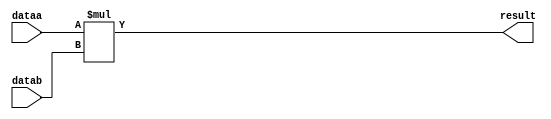
//lpm_mult CBX_DECLARE_ALL_CONNECTED_PORTS="OFF" DEVICE_FAMILY="Cyclone V" DSP_BLOCK_BALANCING="Auto" INPUT_B_IS_CONSTANT="YES" LPM_REPRESENTATION="SIGNED" LPM_WIDTHA=18 LPM_WIDTHB=18 LPM_WIDTHP=36 LPM_WIDTHS=1 MAXIMIZE_SPEED=5 dataa datab result CARRY_CHAIN="MANUAL" CARRY_CHAIN_LENGTH=48
//VERSION_BEGIN 15.0 cbx_cycloneii 2015:04:22:18:04:07:SJ cbx_lpm_add_sub 2015:04:22:18:04:07:SJ cbx_lpm_mult 2015:04:22:18:04:08:SJ cbx_mgl 2015:04:22:18:06:50:SJ cbx_padd 2015:04:22:18:04:08:SJ cbx_stratix 2015:04:22:18:04:08:SJ cbx_stratixii 2015:04:22:18:04:08:SJ cbx_util_mgl 2015:04:22:18:04:08:SJ  VERSION_END
// synthesis VERILOG_INPUT_VERSION VERILOG_2001
// altera message_off 10463



// Copyright (C) 1991-2015 Altera Corporation. All rights reserved.
//  Your use of Altera Corporation's design tools, logic functions 
//  and other software and tools, and its AMPP partner logic 
//  functions, and any output files from any of the foregoing 
//  (including device programming or simulation files), and any 
//  associated documentation or information are expressly subject 
//  to the terms and conditions of the Altera Program License 
//  Subscription Agreement, the Altera Quartus II License Agreement,
//  the Altera MegaCore Function License Agreement, or other 
//  applicable license agreement, including, without limitation, 
//  that your use is for the sole purpose of programming logic 
//  devices manufactured by Altera and sold by Altera or its 
//  authorized distributors.  Please refer to the applicable 
//  agreement for further details.



//synthesis_resources = 
//synopsys translate_off
`timescale 1 ps / 1 ps
//synopsys translate_on
module  mult_vmq
	( 
	dataa,
	datab,
	result) /* synthesis synthesis_clearbox=1 */;
	input   [17:0]  dataa;
	input   [17:0]  datab;
	output   [35:0]  result;

	wire signed	[17:0]    dataa_wire;
	wire signed	[17:0]    datab_wire;
	wire signed	[35:0]    result_wire;



	assign dataa_wire = dataa;
	assign datab_wire = datab;
	assign result_wire = dataa_wire * datab_wire;
	assign result = ({result_wire[35:0]});

endmodule //mult_vmq
//VALID FILE